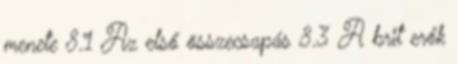
menete 8.1 Az első összecsapás 8.3 A brit erők